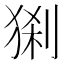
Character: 𤟆